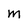
Character: M